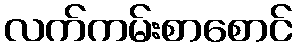
လက်ကမ်းစာစောင်